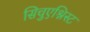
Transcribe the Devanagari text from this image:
सिचुएश्निस्ट